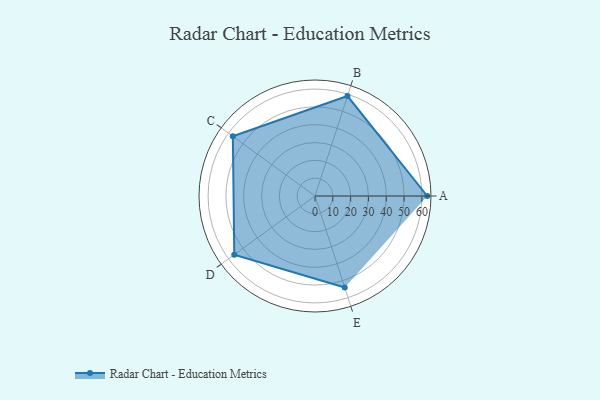
{"axis": {"x": "Skill", "y": "Score"}, "legend": ["Profile"], "data": [{"x": "A", "y": 63.0, "type": "Profile"}, {"x": "B", "y": 59.0, "type": "Profile"}, {"x": "C", "y": 57.0, "type": "Profile"}, {"x": "D", "y": 56.0, "type": "Profile"}, {"x": "E", "y": 54.0, "type": "Profile"}]}